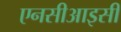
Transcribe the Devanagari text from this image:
एनसीआइसी